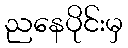
ညနေပိုင်းမှ